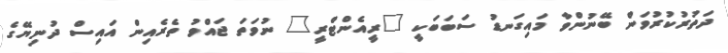
ދަތުރުކުރުވަން ބޭނުންވާ މައިގަނޑު ސަބަބަކީ "ރީއެންޓްރީ" ނުވަތަ ޖައްވު ތެރެއިން އައިސް ދުނިޔޭގެ